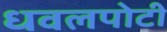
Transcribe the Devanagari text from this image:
धवलपोटी